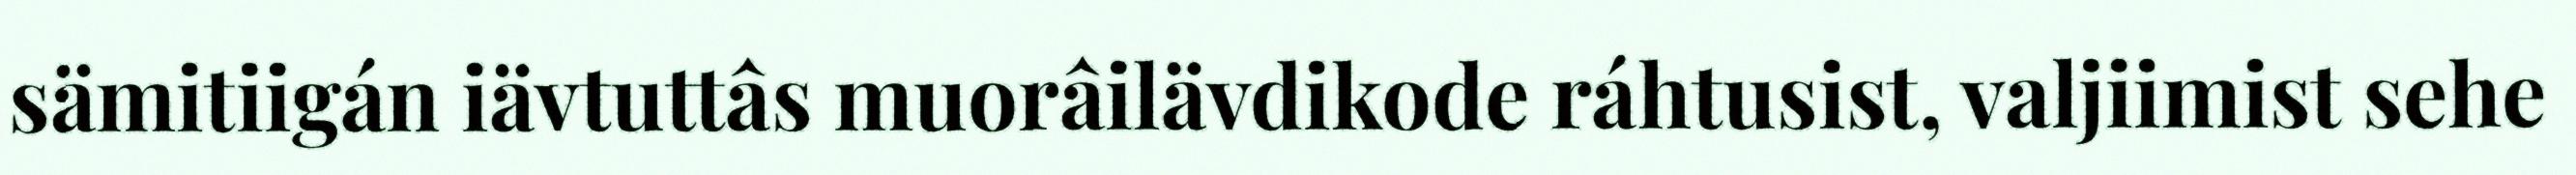
sämitiigán iävtuttâs muorâilävdikode ráhtusist, valjiimist sehe